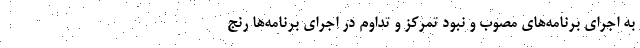
به اجرای برنامه‌های مصوب و نبود تمرکز و تداوم در اجرای برنامه‌ها رنج